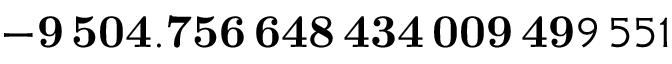
\mathbf { - 9 \, 5 0 4 . 7 5 6 \, 6 4 8 \, 4 3 4 \, 0 0 9 \, 4 9 } 9 \, 5 5 1